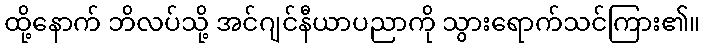
ထို့နောက် ဘိလပ်သို့ အင်ဂျင်နီယာပညာကို သွားရောက်သင်ကြား၏။